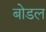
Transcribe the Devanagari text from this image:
बोडल